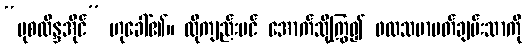
“မုစလိန္ဒအိုင်” ဟုခေါ်၏။ ထိုကျည်းပင် အောက်သို့ကြွ၍ ဖလသမာပတ်ချမ်းသာကို